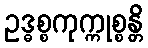
ဥဒ္ဓစ္စကုက္ကုစ္စန္တိ